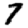
Digit: 7